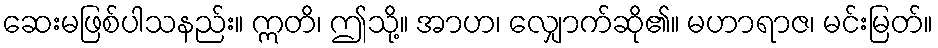
ဆေးမဖြစ်ပါသနည်း။ ဣတိ၊ ဤသို့။ အာဟ၊ လျှောက်ဆို၏။ မဟာရာဇ၊ မင်းမြတ်။